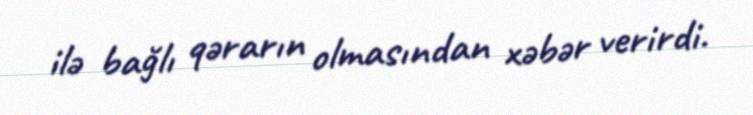
ilə bağlı qərarın olmasından xəbər verirdi.